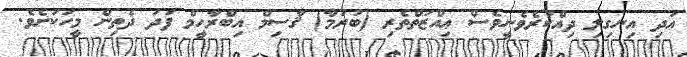
އަދި އިނގިލި ދިއްކުރެވެނީވެސް ޢިއްޒަތްތެރި (ބުރުމާ) ޤާސިމް އިބްރާހީމް ފަދަ ދެތިން މީހަކަށެވެ.